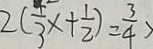
2 ( \frac { 4 } { 3 } x + \frac { 1 } { 2 } ) = \frac { 3 } { 4 }